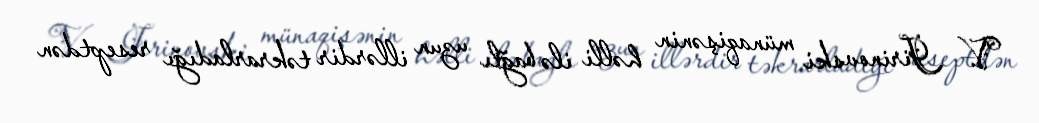
V. Jirinovski münaqişənin həlli ilə bağlı uzun illərdir təkrarladığı reseptdən